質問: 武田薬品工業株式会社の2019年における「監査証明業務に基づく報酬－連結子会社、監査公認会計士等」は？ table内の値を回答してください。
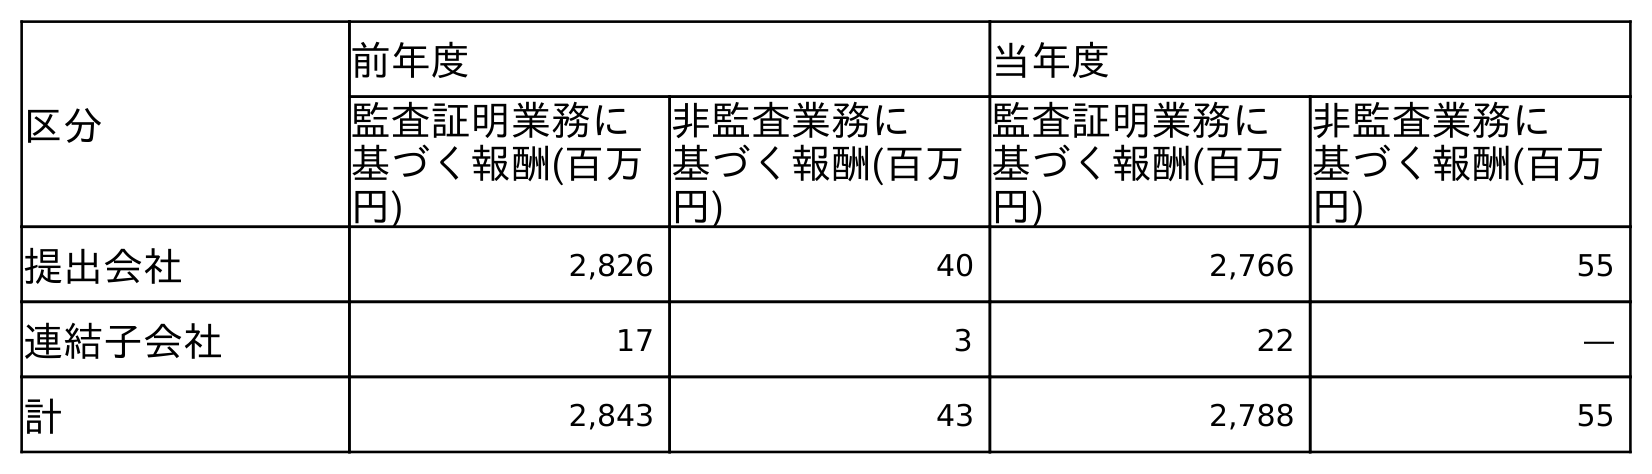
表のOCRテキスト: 区分 前年度 当年度 監査証明業務に 基づく報酬(百万 円) 非監査業務に 基づく報酬(百万 円) 監査証明業務に 基づく報酬(百万 円) 非監査業務に 基づく報酬(百万 円) 提出会社 2,826 40 2,766 55 連結子会社 17 3 22 ― 計 2,843 43 2,788 55
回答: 17